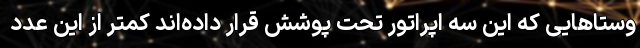
وستاهایی که این سه اپراتور تحت پوشش قرار داده‌اند کمتر از این عدد